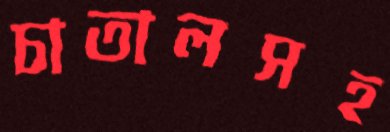
চাতালসহ